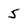
Character: 5